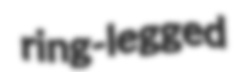
ring-legged